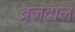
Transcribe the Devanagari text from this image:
ब्रजवाल